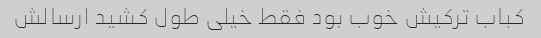
کباب ترکیش خوب بود فقط خیلی طول کشید ارسالش